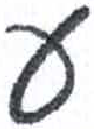
אות: ע